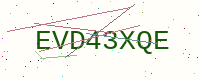
Text: EVD43XQE